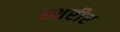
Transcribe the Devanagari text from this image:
स्शरीर